Sanitation, dispensaries and jails vaccination Rajputana 1922-1927 - 1922-1927
Year: 1922
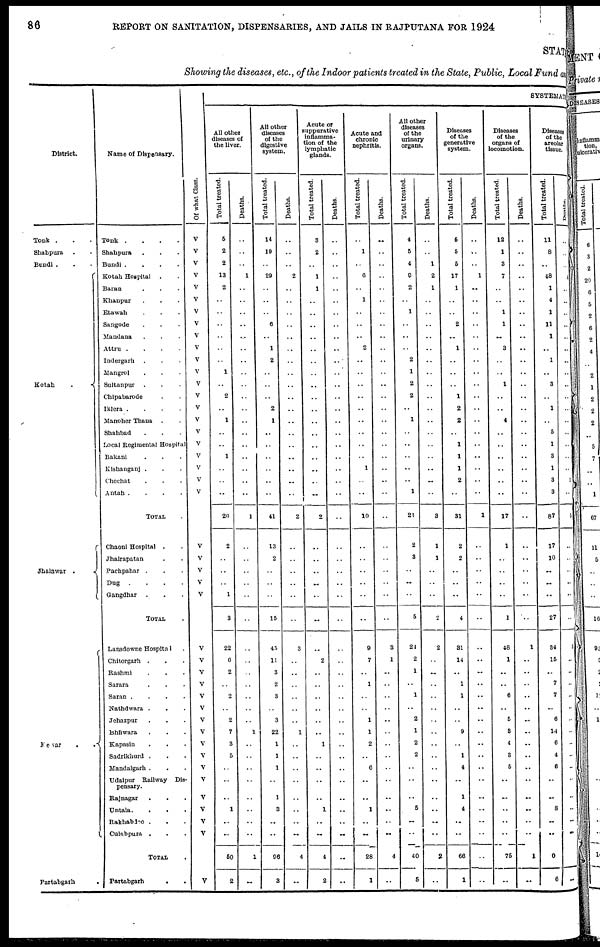
86
REPORT ON SANITATION, DISPENSARIES, AND JAILS IN RAJPUTANA FOR 1924
STATE
Showing the diseases, etc., of the Indoor patients treated in the State, Public, Local Fund and
District.
Tonk ...
Shahpura ...
Bundi...
Kotah
.
Jhalawar .
Mewar
..
Partabgarh .
Name of Dispensary.
Tonk
.
.
.
.
Shahpura ...
Bundi .
.
.
.
Kotah Hospital ...
Baran ...
Khanpur ...
Etawah ...
Sangode ...
Mandana ...
Attru
....
Indergarh ...
Mangrol ...
Sultanpur ...
Chipabarode ...
Iklera .
.
.
.
Manoher Thana ...
Shahbad ...
Local Regimental Hospital
Bakani ...
Kishanganj ....
Chechat ...
Antah .
.
.
.
TOTAL .
Chaoni Hospital ..
Jhalrapatan ...
Pachpahar ...
Dug
.
.
.
.
Gangdhar ...
TOTAL .
Lansdowne Hospital .
Chitorgarh ...
Rashmi ...
Sarara ...
Saran .
.
.
.
Nathdwara ...
Jehazpur ...
Bhilwara ...
Kapasin ...
Sadrikhurd ...
Mandalgarh ...
Udaipur Railway Dis-
pensary.
Rajnagar ...
Untala
...
Rakhabdeo ...
Culabpura ...
TOTAL .
Partabgarh
..
Of what Class.
V
V
V
V
V
V
V
V
V
V
V
V
V
V
V
V
V
V
V
V
V
V
V
V
V
V
V
V
V
V
V
V
V
V
V
V
V
V
V
V
V
V
V
V
SYSTEMATI
All other
diseases of
the liver.
Total treated.
5
2
2
13
2
..
..
..
..
..
..
1
..
2
..
1
..
..
1
..
..
..
20
2
..
..
..
1
3
22
6
2
..
2
..
2
7
3
5
..
..
..
1
..
..
50
2
Deaths.
..
..
..
1
..
..
..
..
..
..
..
..
..
..
..
..
..
..
..
..
..
..
1
..
..
..
..
..
..
..
..
..
..
..
..
..
1
..
..
..
..
..
..
..
..
1
..
All other
diseases
of the
digestive
system.
Total treated.
14
19
..
29
..
..
..
6
..
1
2
..
..
..
2
1
..
..
..
..
..
..
41
13
2
..
..
..
15
45
11
3
2
3
..
3
22
1
1
1
..
1
3
..
..
96
3
Deaths.
..
..
..
2
..
..
..
..
..
..
..
..
..
..
..
..
..
..
..
..
..
..
2
..
..
..
..
..
..
3
..
..
..
..
..
..
1
..
..
..
..
..
..
..
..
4
..
Acute or
suppurative
inflamma-
tion of the
lymphatic
glands.
Total treated.
3
2
..
1
1
..
..
..
..
..
..
..
..
..
..
..
..
..
..
..
..
..
2
..
..
..
..
..
..
..
2
..
..
..
..
..
..
1
..
..
..
..
1
..
..
4
2
Deaths.
..
..
..
..
..
..
..
..
..
..
..
..
..
..
..
..
..
..
..
..
..
..
..
..
..
..
..
..
..
..
..
..
..
..
..
..
..
..
..
..
..
..
..
..
..
..
..
Acute and
chronic
nephritis.
Total treated.
..
1
..
6
..
1
..
..
..
2
..
..
..
..
..
..
..
..
..
1
..
..
10
..
..
..
..
..
..
9
7
..
1
..
..
1
1
2
..
6
..
..
1
..
..
28
1
Deaths.
..
..
..
..
..
..
..
..
..
..
..
..
..
..
..
..
..
..
..
..
..
..
..
..
..
..
..
..
..
3
1
..
..
..
..
..
..
..
..
..
..
..
..
..
..
4
..
All other
diseases
of the
urinary
organs.
Total treated.
4
5
4
9
2
..
1
..
..
..
2
1
2
2
..
1
..
..
..
..
..
1
21
2
3
..
..
..
5
24
2
1
..
1
..
2
1
2
2
..
..
..
5
..
..
40
5
Deaths.
..
..
1
2
1
..
..
..
..
..
..
..
..
..
..
..
..
..
..
..
..
..
3
1
1
..
..
..
2
2
..
..
..
..
..
..
..
..
..
..
..
..
..
..
..
2
..
Diseases
of the
generative
system.
Total treated.
5
5
5
17
1
..
..
2
..
1
..
..
..
1
2
2
..
1
1
1
2
..
31
2
2
..
..
..
4
31
14
..
1
1
..
..
9
..
1
4
..
1
4
..
..
66
1
Deaths.
..
..
..
1
..
..
..
..
..
..
..
..
..
..
..
..
..
..
..
..
..
..
1
..
..
..
..
..
..
..
..
..
..
..
..
..
..
..
..
..
..
..
..
..
..
..
..
Diseases
of the
organs of
locomotion.
Total treated.
12
1
3
7
..
..
1
1
..
3
..
..
1
..
..
4
..
..
..
..
..
..
17
1
..
..
..
..
1
48
1
..
..
6
..
5
3
4
3
5
..
..
..
..
..
75
..
Deaths.
..
..
..
..
..
..
..
..
..
..
..
..
..
..
..
..
..
..
..
..
..
..
..
..
..
..
..
..
..
1
..
..
..
..
..
..
..
..
..
..
..
..
..
..
..
1
..
Diseases
of the
areolar
tissue.
Total treated.
11
8
..
48
1
4
1
11
1
..
1
..
3
..
1
..
5
1
3
1
3
3
87
17
10
..
..
..
27
34
15
..
7
7
..
6
14
6
4
6
..
..
8
..
..
0
6
Deaths.
..
..
..
1
..
..
..
..
..
..
..
..
..
..
..
..
..
..
..
..
1
..
5
..
..
..
..
..
..
3
..
..
..
..
..
..
..
..
..
..
..
..
..
..
..
..
..